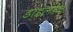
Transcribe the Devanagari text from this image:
डाइलीन